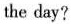
the day?